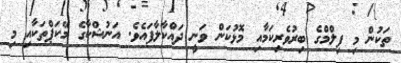
ތަކުން މި ފިލްމްގެ ބިރުވެރިކަމާއި މޮޅުކަން ވަނީ ދައްކާލާފައެވެ. އަނުޝްކާގެ މޭކަޕްތަކާއި މި